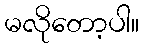
မလိုတော့ပါ။